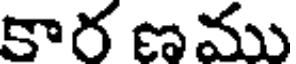
కార ణము